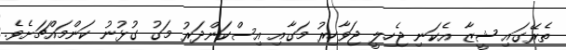
ތެރޭގައި ޝީޒާ އެކަނި ޖެހިލީ ޖަވާހިރު މަގާއި އިސްކަންދަރު މަގު ގުޅުނު ކަންމައްޗަށެވެ.